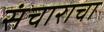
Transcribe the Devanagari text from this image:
संचाराचा